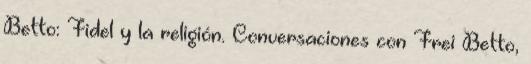
Betto: Fidel y la religión. Conversaciones con Frei Betto,